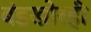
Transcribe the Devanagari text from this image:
बंडखोरही